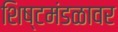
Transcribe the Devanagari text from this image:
शिष्टमंडळावर